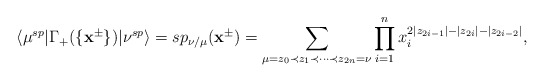
\begin{align*}\langle \mu^{sp}|\Gamma_+(\{\mathbf{x}^{\pm}\})|\nu^{sp}\rangle=sp_{\nu/\mu}(\mathbf{x}^{\pm})=\sum_{\mu=z_0\prec z_1\prec\dots\prec z_{2n}=\nu}\prod^n_{i=1}x^{2|z_{2i-1}|-|z_{2i}|-|z_{2i-2}|}_i,\end{align*}